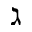
\gimel